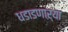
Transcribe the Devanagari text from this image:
धडाडणाऱ्या